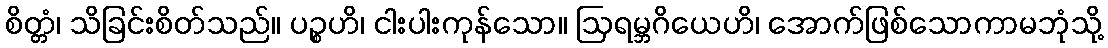
စိတ္တံ၊ သိခြင်းစိတ်သည်။ ပဉ္စဟိ၊ ငါးပါးကုန်သော။ ဩရမ္ဘဂိယေဟိ၊ အောက်ဖြစ်သောကာမဘုံသို့